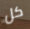
كل